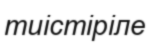
тиістіріле